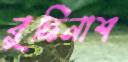
বুদ্ধিনাশ